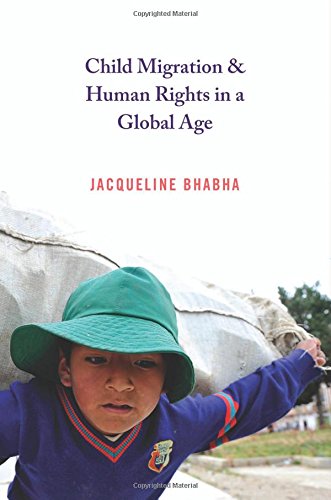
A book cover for Child Migration and Human Rights in a Global Age (Human Rights and Crimes against Humanity); Jacqueline Bhabha; Law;